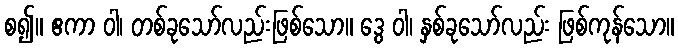
စ၍။ ဧကာ ဝါ၊ တစ်ခုသော်လည်းဖြစ်သော။ ဒွေ ဝါ၊ နှစ်ခုသော်လည်း ဖြစ်ကုန်သော။